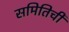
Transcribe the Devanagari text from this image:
समितिची